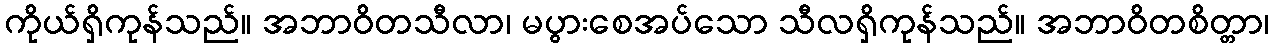
ကိုယ်ရှိကုန်သည်။ အဘာဝိတသီလာ၊ မပွားစေအပ်သော သီလရှိကုန်သည်။ အဘာဝိတစိတ္တာ၊